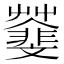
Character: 𩇿